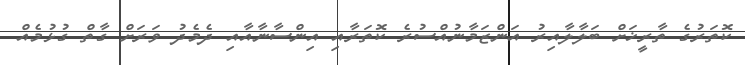
ކޮތަރުގެ ތާރީޚަށް ބަލާލާއިރު އަންޒަމާނުއްސުރެ ކޮތަރާއި އިންސާނާއާއި ދެމެދު ވަރަށް ގާތް ގުޅުމެއް